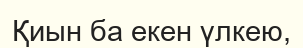
Қиын ба екен үлкею,